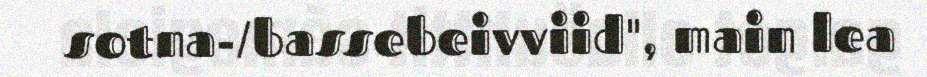
sotna-/bassebeivviid", main lea